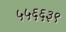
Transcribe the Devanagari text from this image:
५५६६३९